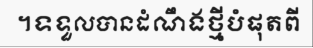
។ទទួលបានដំណឹងថ្មីបំផុតពី